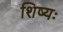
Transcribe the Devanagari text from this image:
शिष्यः